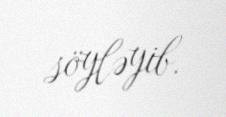
söyləyib.